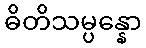
ဓိတိသမ္ပန္နော